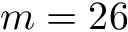
m = 2 6